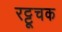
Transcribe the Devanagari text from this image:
रट्टूचक